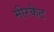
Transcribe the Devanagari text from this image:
मीरकैट